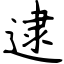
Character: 逮